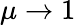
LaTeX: \mu\to 1